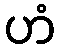
ဟံ